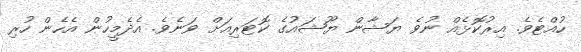
ހުއްޓެވެ. އިރުކޮޅެއް ނުވެ ޔަޝާން ޔޫޝައުގެ ކޮޓަރިއަށް ވަނެވެ. އެދެމީހުން އެހެން ހުރި